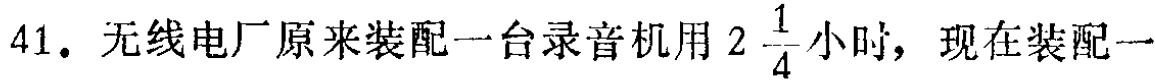
41. 无线电厂原来装配一台录音机用\(2\frac{1}{4}\)小时，现在装配一